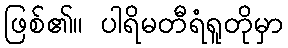
ဖြစ်၏။ ပါရိမတီရံရူတိုမှာ